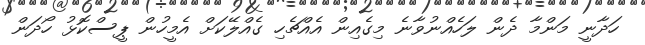
ހަދާނީ މަންމާ ދެން ލަހެއްނުވާނެ މިގެއިން އެއްޗެހި ގެއްލޭކަށް އެމީހުން ޕީސްކޮޅު ހޯދަން